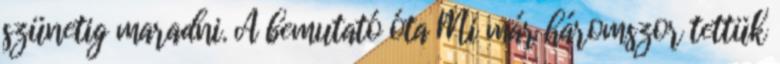
szünetig maradni. A bemutató óta Mi már háromszor tettük